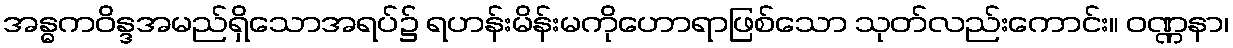
အန္ဓကဝိန္ဒအမည်ရှိသောအရပ်၌ ရဟန်းမိန်းမကိုဟောရာဖြစ်သော သုတ်လည်းကောင်း။ ဝဏ္ဏနာ၊